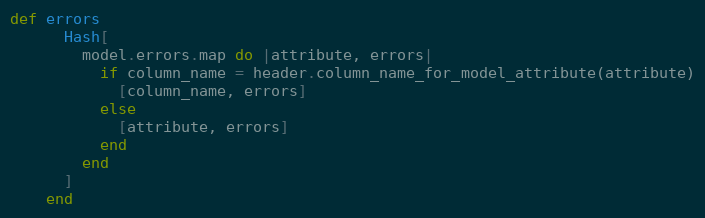
Language: Ruby
def errors
      Hash[
        model.errors.map do |attribute, errors|
          if column_name = header.column_name_for_model_attribute(attribute)
            [column_name, errors]
          else
            [attribute, errors]
          end
        end
      ]
    end